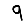
Digit: 9